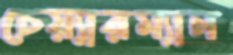
চেয়্যারম্যান